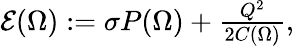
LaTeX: \begin{array}{r}{\mathcal E(\Omega):=\sigma P(\Omega)+{\frac{Q^{2}}{2C(\Omega)}},}\end{array}